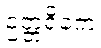
ဥတ္တရိကေ